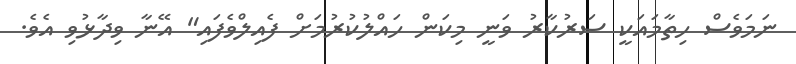
ނަމަވެސް ހިތާމައަކީ ސަރުކާރު ވަނީ މިކަން ހައްލުކުރުމަށް ފެއިލްވެފައި" އޭނާ ވިދާޅުވި އެވެ.